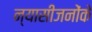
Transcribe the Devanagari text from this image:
न्यासीजनोंके